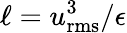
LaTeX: \ell=u_{\mathrm{rms}}^{3}/\epsilon